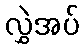
လွှဲအပ်